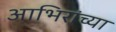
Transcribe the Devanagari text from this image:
आभिरांच्या